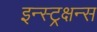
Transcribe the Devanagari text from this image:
इन्स्ट्रक्षन्स